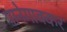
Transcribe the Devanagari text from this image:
पानेगावकर